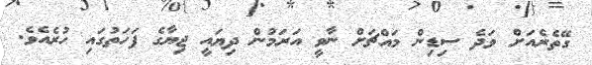
ގޭތެރެއަށް ވަދެ ސިޑިން މައްޗަށް ނާވީ އަރަމުން ދިޔައީ ޖިޔާގެ ފަހަތުގައި ހުރެއެވެ.